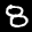
Label: 8